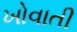
ખોવાતી